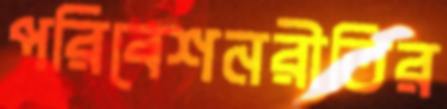
পরিবেশনরীতির